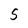
Character: 5